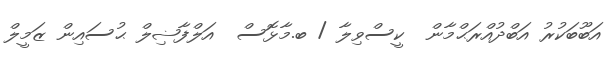
އަބޫބަކުރު އަބްދުއްރަޙްމާން  ކީސްވިލާ / ބ.މާޅޮސް  އަލްފާޟިލް ޙުސައިން ޒަމީލް